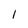
Character: 1